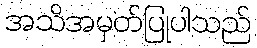
အသိအမှတ်ပြုပါသည်